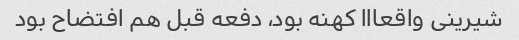
شیرینی واقعااا کهنه بود، دفعه قبل هم افتضاح بود